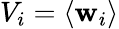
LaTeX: V_{i}=\langle\mathbf{w}_{i}\rangle